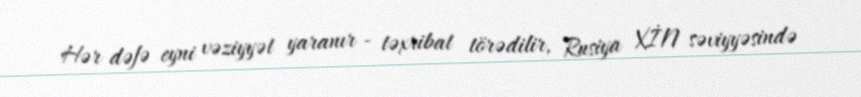
Hər dəfə eyni vəziyyət yaranır - təxribat törədilir, Rusiya XİN səviyyəsində